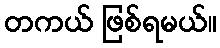
တကယ် ဖြစ်ရမယ်။